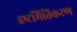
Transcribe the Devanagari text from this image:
इष्‍टमितिकरण